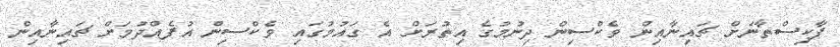
ޕާކިސްތާނަށް ޗައިނާއިން ވެކްސިން ދިނުމުގެ އިތުރަށް އެ ގައުމުގައި ވެކްސިން އުފެއްދުމަށް ޗައިނާއިން